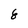
Character: 8